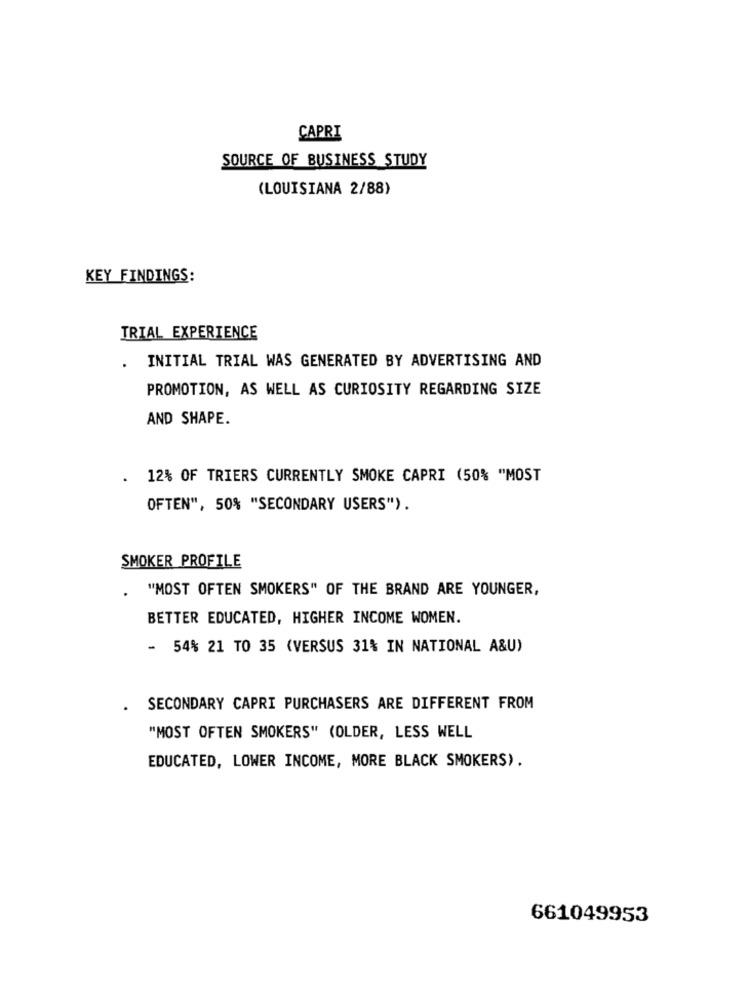
CAPRI
SOURCE OF BUSINESS STUDY
(LOUISIANA 2/88)
KEY FINDINGS:
TRIAL EXPERIENCE
. INITIAL TRIAL WAS GENERATED BY ADVERTISING AND
PROMOTION, AS WELL AS CURIOSITY REGARDING SIZE
AND SHAPE.
12% OF TRIERS CURRENTLY SMOKE CAPRI (50% "MOST
OFTEN", 50% "SECONDARY USERS").
SMOKER PROFILE
"MOST OFTEN SMOKERS" OF THE BRAND ARE YOUNGER,
BETTER EDUCATED, HIGHER INCOME WOMEN.
- 54% 21 TO 35 (VERSUS 31% IN NATIONAL A&U)
.
SECONDARY CAPRI PURCHASERS ARE DIFFERENT FROM
"MOST OFTEN SMOKERS" (OLDER, LESS WELL
EDUCATED, LOWER INCOME, MORE BLACK SMOKERS).
661049953